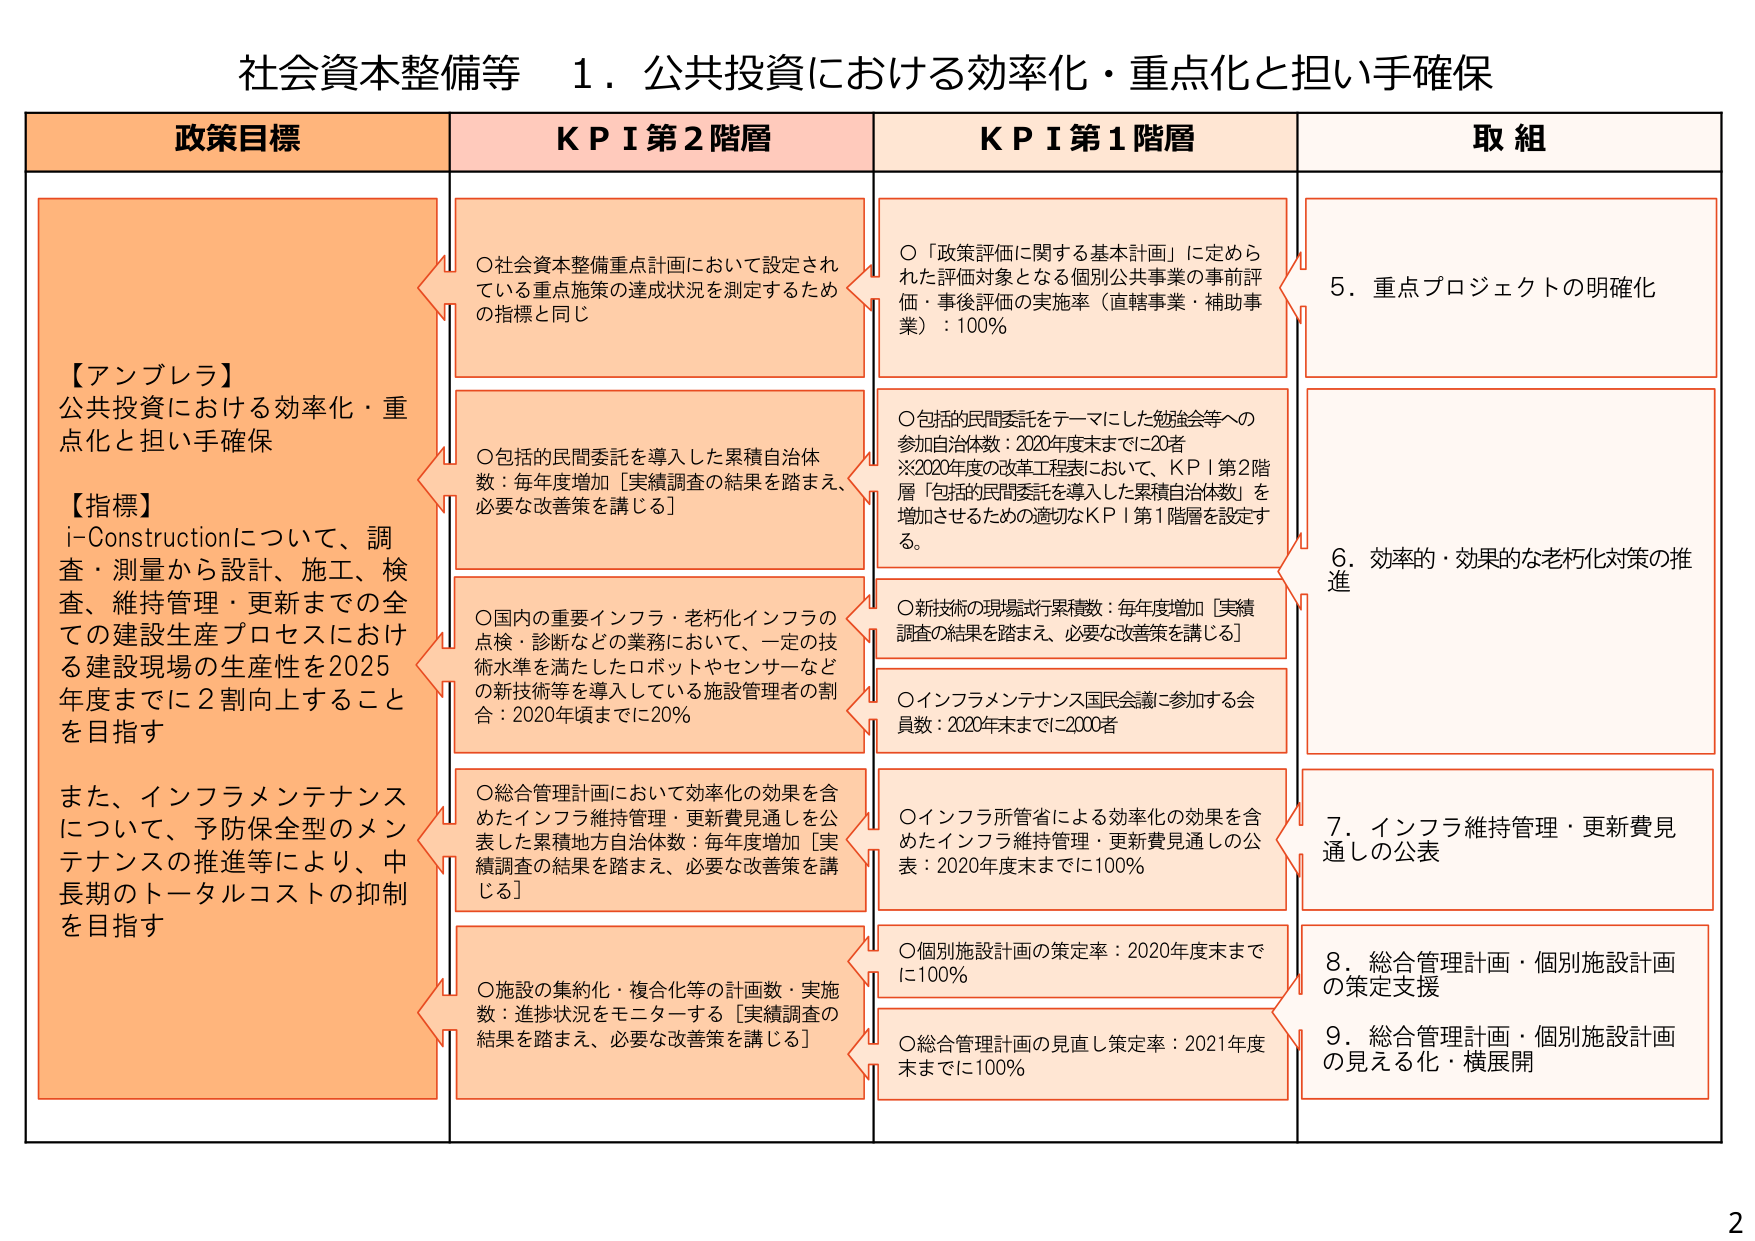
社会資本整備等 1．公共投資における効率化・重点化と担い手確保

政策目標
【アンブレラ】
公共投資における効率化・重点化と担い手確保
【指標】
i-Constructionについて、調査・測量から設計、施工、検査、維持管理・更新までの全ての建設生産プロセスにおける建設現場の生産性を2025年度までに2割向上することを目指す
また、インフラメンテナンスについて、予防保全型のメンテナンスの推進等により、中長期のトータルコストの抑制を目指す

KPI第2階層
○社会資本整備重点計画において設定されている重点施策の達成状況を測定するための指標と同じ
○包括的民間委託を導入した累積自治体数：毎年度増加［実績調査の結果を踏まえ、必要な改善策を講じる］
○国内の重要インフラ・老朽化インフラの点検・診断などの業務において、一定の技術水準を満たしたロボットやセンサーなどの新技術等を導入している施設管理者の割合：2020年頃までに20％
○総合管理計画において効率化の効果を含めたインフラ維持管理・更新費見通しを公表した累積地方自治体数：毎年度増加［実績調査の結果を踏まえ、必要な改善策を講じる］
○施設の集約化・複合化等の計画数・実施数：進捗状況をモニターする［実績調査の結果を踏まえ、必要な改善策を講じる］

KPI第1階層
○「政策評価に関する基本計画」に定められた評価対象となる個別公共事業の事前評価・事後評価の実施率（直轄事業・補助事業）：100％
○包括的民間委託をテーマにした勉強会等への参加自治体数：2020年度末までに20者
※2020年度の改革工程表において、KPI第2階層「包括的民間委託を導入した累積自治体数」を増加させるための適切なKPI第1階層を設定する。
○新技術の現場試行累積数：毎年度増加［実績調査の結果を踏まえ、必要な改善策を講じる］
○インフラメンテナンス国民会議に参加する会員数：2020年末までに2000者
○インフラ所管省による効率化の効果を含めたインフラ維持管理・更新費見通しの公表：2020年度末までに100％
○個別施設計画の策定率：2020年度末までに100％
○総合管理計画の見直し策定率：2021年度末までに100％

取組
5．重点プロジェクトの明確化
6．効率的・効果的な老朽化対策の推進
7．インフラ維持管理・更新費見通しの公表
8．総合管理計画・個別施設計画の策定支援
9．総合管理計画・個別施設計画の見える化・横展開

2